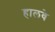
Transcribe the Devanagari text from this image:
हालवे